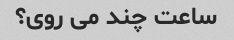
ساعت چند می روی؟